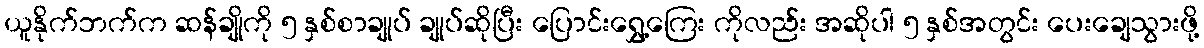
ယူနိုက်ဘက်က ဆန်ချိုကို ၅ နှစ်စာချုပ် ချုပ်ဆိုပြီး ပြောင်းရွှေ့ကြေး ကိုလည်း အဆိုပါ ၅ နှစ်အတွင်း ပေးချေသွားဖို့